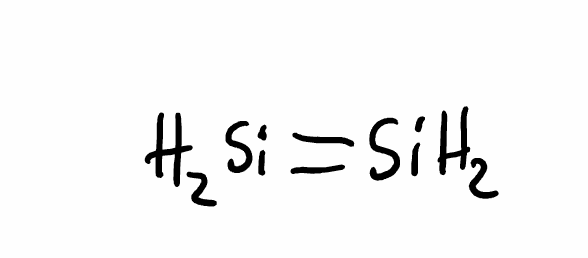
Simplified molecular-input line-entry system (SMILES) notation of the given molecule:
[SiH2]=[SiH2]